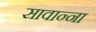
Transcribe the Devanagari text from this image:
सावान्ना